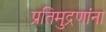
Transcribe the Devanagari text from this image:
प्रतिमुद्रणांना